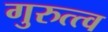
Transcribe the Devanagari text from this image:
गुरुत्त्व